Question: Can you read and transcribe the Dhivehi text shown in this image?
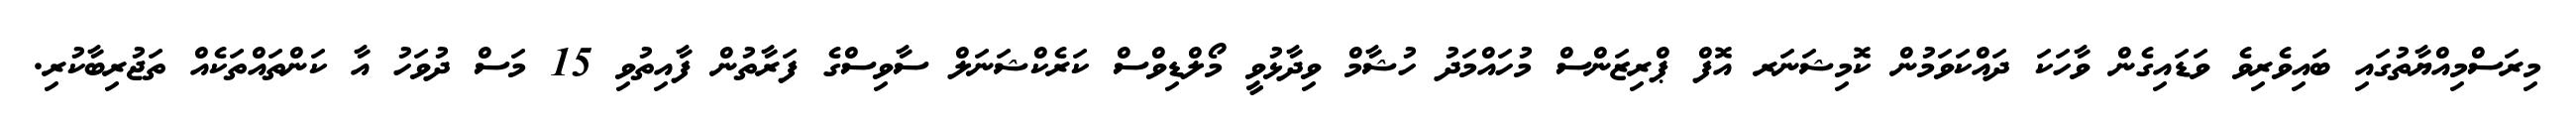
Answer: މިރަސްމިއްޔާތުގައި ބައިވެރިވެ ވަޑައިގެން ވާހަކަ ދައްކަވަމުން ކޮމިޝަނަރ އޮފް ޕްރިޒަންސް މުހައްމަދު ހުޝާމް ވިދާޅުވީ މޯލްޑިވްސް ކަރެކްޝަނަލް ސާވިސްގެ ފަރާތުން ފާއިތުވި 15 މަސް ދުވަހު އާ ކަންތައްތަކެއް ތަޖުރިބާކުރި.